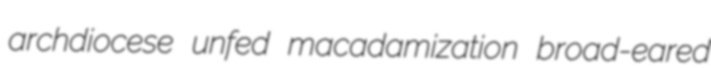
archdiocese unfed macadamization broad-eared